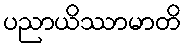
ပညာယိဿာမာတိ